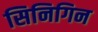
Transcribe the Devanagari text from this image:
सिनिगिन